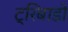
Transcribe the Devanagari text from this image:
ट्रिबाडो